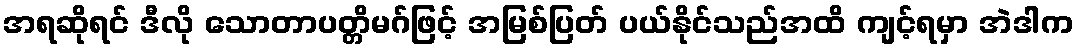
အရဆိုရင် ဒီလို သောတာပတ္တိမဂ်ဖြင့် အမြစ်ပြတ် ပယ်နိုင်သည်အထိ ကျင့်ရမှာ အဲဒါက